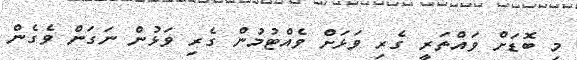
މި ބޮޑަށް ވައްތަރީ ގެރި ވަޅަށް ވެއްޓުމުން ގެރި ވަޅުން ނަގަން ވެގެން